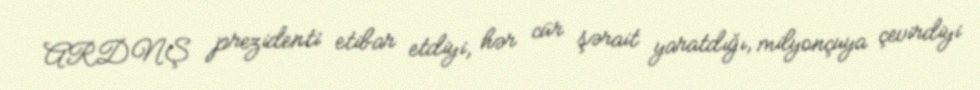
ARDNŞ prezidenti etibar etdiyi, hər cür şərait yaratdığı, milyonçuya çevirdiyi